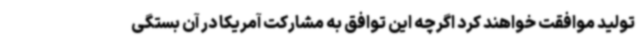
تولید موافقت خواهند کرد اگرچه این توافق به مشارکت آمریکا در آن بستگی